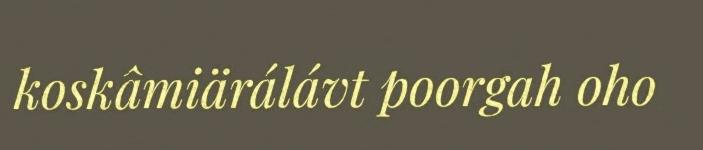
koskâmiärálávt poorgah oho